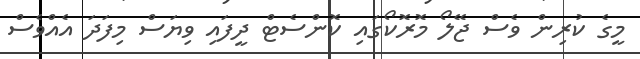
މީގެ ކުރިން ވެސް ޖޭލޯ މޮރޮކޯގައި ކޮންސެޓް ދީފައި ވިޔަސް މިފަދަ އެއްވެސް